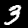
Digit: 3